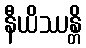
နီယိဿန္တိ